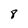
Character: 8